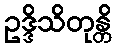
ဥဒ္ဒိသိတုန္တိ